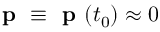
\textbf { p } \equiv \textbf { p } ( t _ { 0 } ) \approx 0